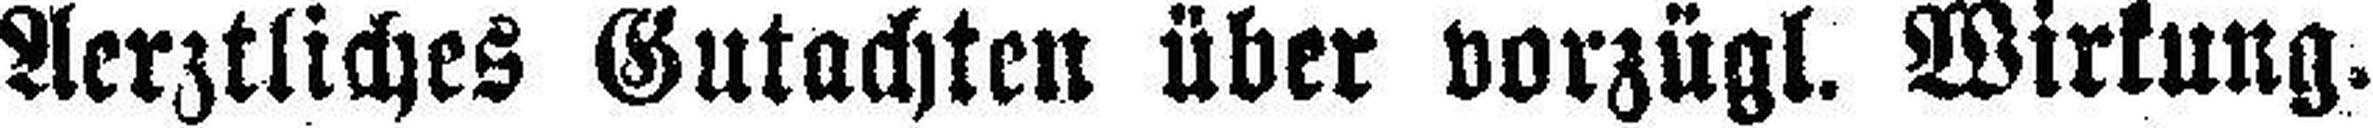
Aerztliches Gutachten über vorzügl. Wirkung.